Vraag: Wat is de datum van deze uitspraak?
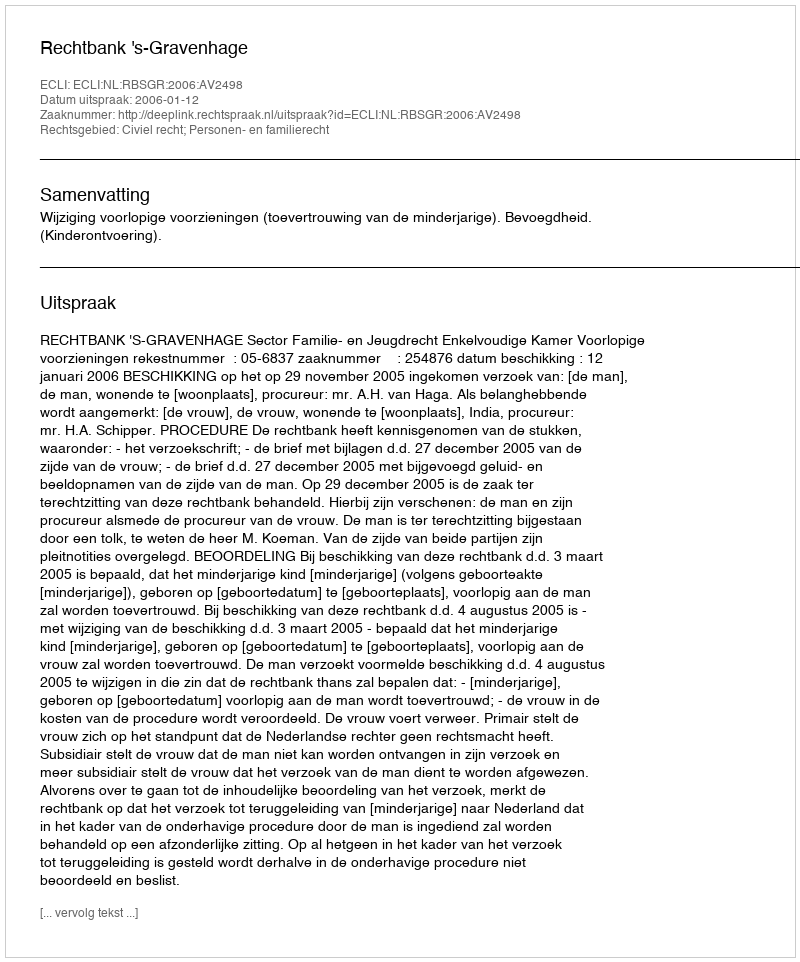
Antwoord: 2006-01-12